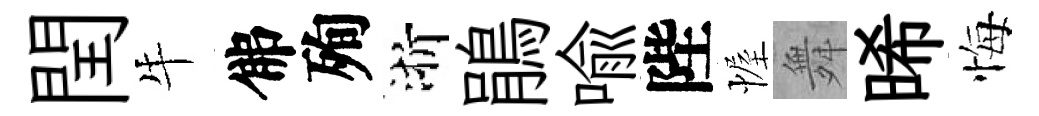
閏牛佛殉浙鵑喻陛幄舞晞悔